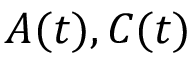
{ \mathbf { } } A ( t ) , C ( t )